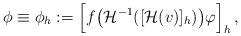
LaTeX: \begin{align*}\phi\equiv \phi_h:=\Big[f\big(\mathcal H^{-1}([\mathcal H(v)]_h) \big)\varphi\Big]_h\,,\end{align*}